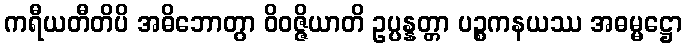
ကရီယတီတိပိ အဓိဘောတွာ ဝိဝဇ္ဇိယာတိ ဥပ္ပန္နတ္တာ ပဉ္စကနယဿ အဓမ္မဋ္ဌော